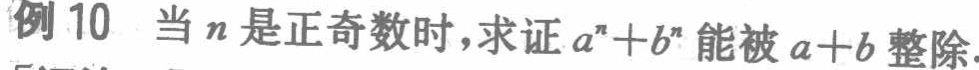
例 10 当\(n\)是正奇数时，求证\(a^{n}+b^{n}\)能被\(a + b\)整除.